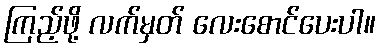
ကြည့်ဖို့ လက်မှတ် လေးစောင်ပေးပါ။